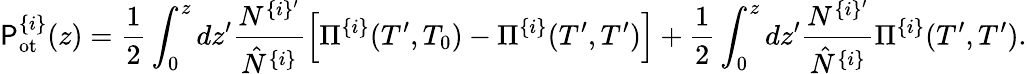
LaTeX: \mathsf{P}_{\mathrm{{ot}}}^{\{ i\} }(z)=\frac{{1}}{{2}}\int_{0}^{z}dz^{\prime}\frac{{N^{\{ i\} ^{\prime}}}}{{\hat{{N}}^{\{ i\} }}}\left[\Pi^{\{ i\} }(T^{\prime},T_{0})-\Pi^{\{ i\} }(T^{\prime},T^{\prime})\right]+\frac{{1}}{{2}}\int_{0}^{z}dz^{\prime}\frac{{N^{\{ i\} ^{\prime}}}}{{\hat{{N}}^{\{ i\} }}}\Pi^{\{ i\} }(T^{\prime},T^{\prime}).